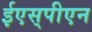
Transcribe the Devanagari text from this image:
ईएस्‌पीएन